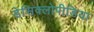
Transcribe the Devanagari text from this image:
डेसिक्लोपीडिया